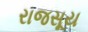
રાજસૂય